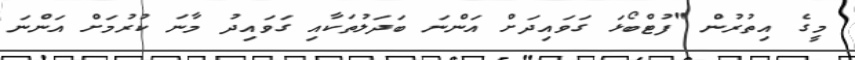
މީގެ އިތުރުން "ފުޓްބޯޅަ ގަވައިދަށް އަންނަ ބަދަލުތަކާއި ގަވައިދު މާނަ ކުރުމަށް އަންނަ